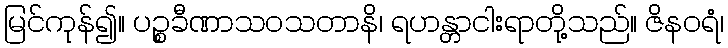
မြင်ကုန်၍။ ပဉ္စခီဏာသဝသတာနိ၊ ရဟန္တာငါးရာတို့သည်။ ဇိနဝရံ၊